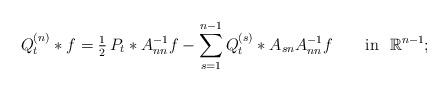
LaTeX: \begin{align*}Q^{(n)}_t\ast f=\tfrac{1}{2}\,P_t\ast A_{nn}^{-1}f-\sum_{s=1}^{n-1} Q^{(s)}_t\ast A_{sn}A_{nn}^{-1}f\qquad\mbox{in }\,\,{\mathbb{R}}^{n-1};\end{align*}